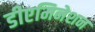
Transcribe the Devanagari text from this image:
डीएमिनेशन